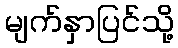
မျက်နှာပြင်သို့